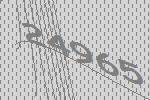
24965